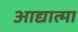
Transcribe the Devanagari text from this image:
आद्यात्मा